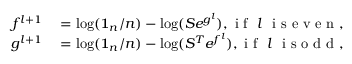
\begin{array} { r l } { f ^ { l + 1 } } & { { } = \log ( \mathbf { 1 } _ { n } / n ) - \log ( S e ^ { g ^ { l } } ) , \mathrm { ~ i ~ f ~ } \ l \ \mathrm { ~ i ~ s ~ e ~ v ~ e ~ n ~ , ~ } } \\ { g ^ { l + 1 } } & { { } = \log ( \mathbf { 1 } _ { n } / n ) - \log ( S ^ { T } e ^ { f ^ { l } } ) , \mathrm { ~ i ~ f ~ } \ l \ \mathrm { ~ i ~ s ~ o ~ d ~ d ~ , ~ } } \end{array}